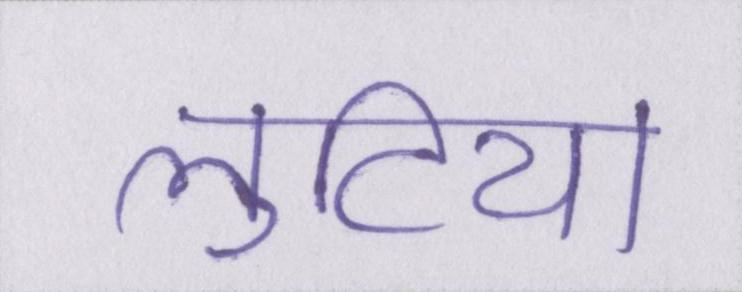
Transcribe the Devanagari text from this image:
लुटिया